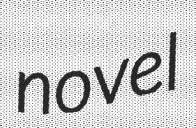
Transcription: novel